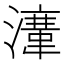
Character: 𱩚